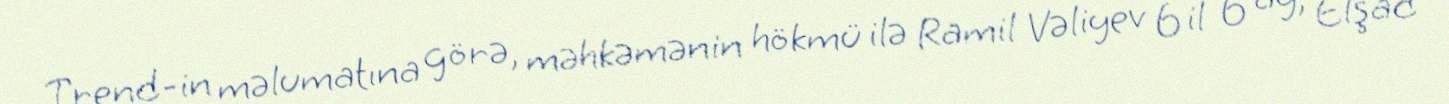
Trend-in məlumatına görə, məhkəmənin hökmü ilə Ramil Vəliyev 6 il 6 ay, Elşad